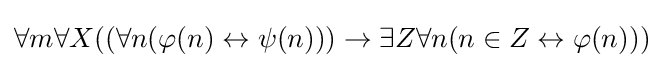
\forall m\forall X((\forall n(\varphi (n)\leftrightarrow \psi (n)))\rightarrow \exists Z\forall n(n\in Z\leftrightarrow \varphi (n)))